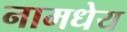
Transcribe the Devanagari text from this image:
नामधेय